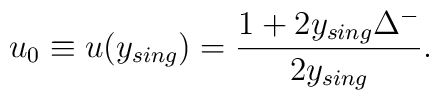
u_{0} \equiv u(y_{sing}) = \frac{1+2y_{sing}\Delta^{-}}{2y_{sing}}.